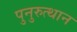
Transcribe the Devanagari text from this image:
पुनुरुत्थान